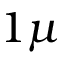
1 \mu